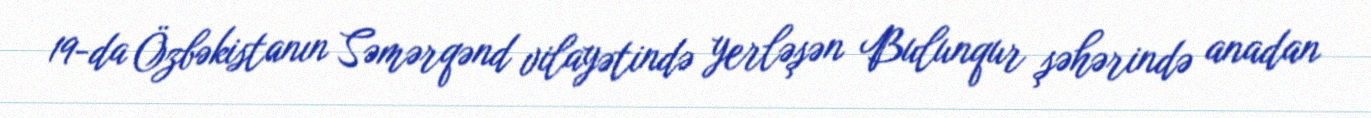
19-da Özbəkistanın Səmərqənd vilayətində yerləşən Bulunqur şəhərində anadan